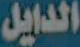
الدايل